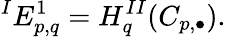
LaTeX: {}^{I}E_{p,q}^{1}=H_{q}^{II}(C_{p,\bullet}).